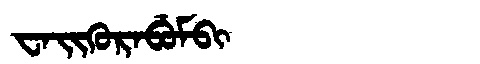
Manchu: ᠸᠠᡳᡴᡠᡵᠠᠪᡠᠮᠪᡳ
Romanization: WAIKURABUMBI